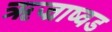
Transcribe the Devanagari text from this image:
ऋज्राष्वड